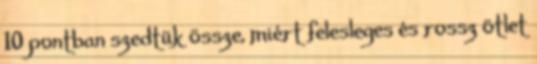
10 pontban szedtük össze, miért felesleges és rossz ötlet